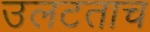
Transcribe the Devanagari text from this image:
उलटताच